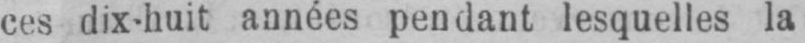
ces dix-huit années pendant lesquelles la